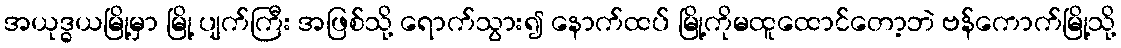
အယုဒ္ဓယမြို့မှာ မြို့ ပျက်ကြီး အဖြစ်သို့ ရောက်သွား၍ နောက်ထပ် မြို့ကိုမထူထောင်တော့ဘဲ ဗန်ကောက်မြို့သို့